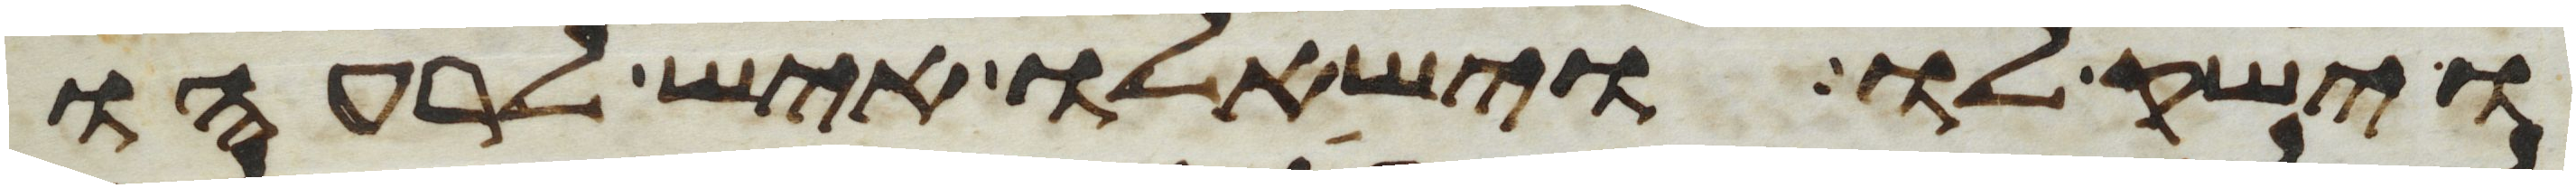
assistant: וישק לו וישאלו איש לרעהו